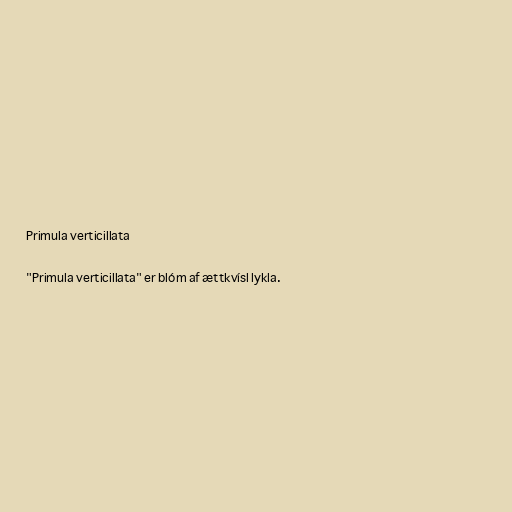
Primula verticillata

"Primula verticillata" er blóm af ættkvísl lykla.